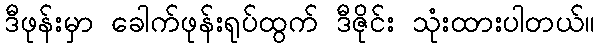
ဒီဖုန်းမှာ ခေါက်ဖုန်းရုပ်ထွက် ဒီဇိုင်း သုံးထားပါတယ်။